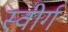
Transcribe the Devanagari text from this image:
स्वीर्ग